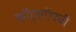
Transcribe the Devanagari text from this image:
व्हॉट्सऍपची